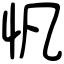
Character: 忛